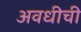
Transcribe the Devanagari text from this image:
अवधीची